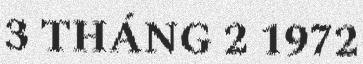
3 THÁNG 2 1972